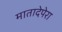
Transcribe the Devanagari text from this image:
मातादेपेरा